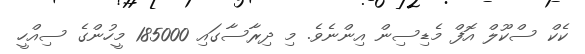
ކެކް ސްކޫލް އޮފް މެޑިސިން އިންނެވެ. މި ދިރާސާގައި 185000 މީހުންގެ ސިއްހީ